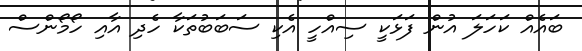
ބައެއް ކަހަަލަ އުން ފަޅަކީ ސިއްހީ އެކި ސަބަބުތަކާ ހެދި އާއި ހޯމޯންސް